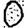
Digit: 0